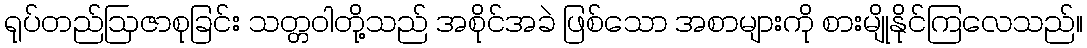
ရုပ်တည်ဩဇာစုခြင်း သတ္တဝါတို့သည် အစိုင်အခဲ ဖြစ်သော အစာများကို စားမျိုနိုင်ကြလေသည်။